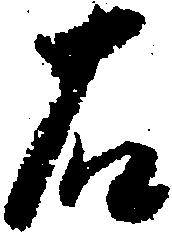
右